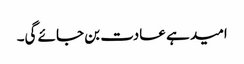
امید ہے عادت بن جائے گی۔